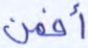
أفمن